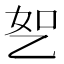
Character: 𬼤